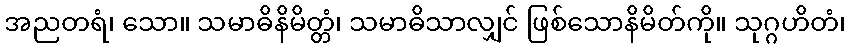
အညတရံ၊ သော။ သမာဓိနိမိတ္တံ၊ သမာဓိသာလျှင် ဖြစ်သောနိမိတ်ကို။ သုဂ္ဂဟိတံ၊